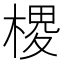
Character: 㮨